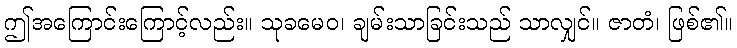
ဤအကြောင်းကြောင့်လည်း။ သုခမေဝ၊ ချမ်းသာခြင်းသည် သာလျှင်။ ဇာတံ၊ ဖြစ်၏။